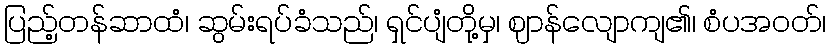
ပြည့်တန်ဆာထံ၊ ဆွမ်းရပ်ခံသည်၊ ရှင်ပျံတို့မှ၊ ဈာန်လျောကျ၏၊ စံပအဝတ်၊